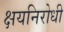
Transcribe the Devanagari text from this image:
क्षयनिरोधी